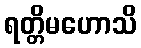
ရတ္တိမဟောသိ